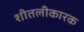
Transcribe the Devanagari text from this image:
शीतलीकारक